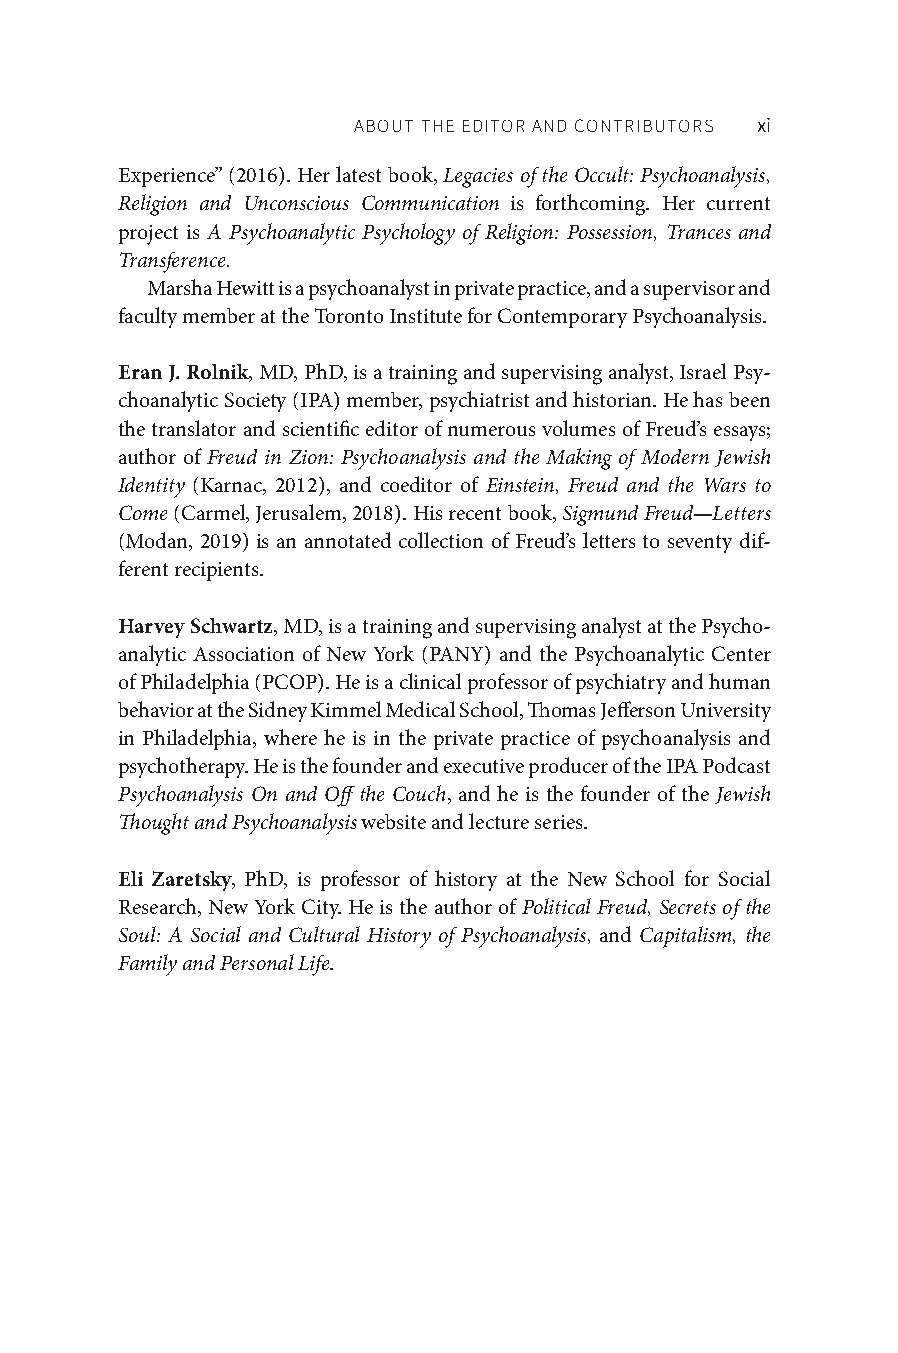
ABOUT THE EDITOR AND CONTRIBUTORS xi
 Experience” (2016). Her latest book, Legacies of the Occult: Psychoanalysis,
 Religion and Unconscious Communication is forthcoming. Her current
 project is A Psychoanalytic Psychology of Religion: Possession, Trances and
 Transference.
 Marsha Hewitt is a psychoanalyst in private practice, and a supervisor and
 faculty member at the Toronto Institute for Contemporary Psychoanalysis.
 Eran J. Rolnik, MD, PhD, is a training and supervising analyst, Israel Psy-
 choanalytic Society (IPA) member, psychiatrist and historian. He has been
 the translator and scientific editor of numerous volumes of Freud’s essays;
 author of Freud in Zion: Psychoanalysis and the Making of Modern Jewish
 Identity (Karnac, 2012), and coeditor of Einstein, Freud and the Wars to
 Come (Carmel, Jerusalem, 2018). His recent book, Sigmund Freud—Letters
 (Modan, 2019) is an annotated collection of Freud’s letters to seventy dif-
 ferent recipients.
 Harvey Schwartz, MD, is a training and supervising analyst at the Psycho-
 analytic Association of New York (PANY) and the Psychoanalytic Center
 of Philadelphia (PCOP). He is a clinical professor of psychiatry and human
 behavior at the Sidney Kimmel Medical School, Thomas Jefferson University
 in Philadelphia, where he is in the private practice of psychoanalysis and
 psychotherapy. He is the founder and executive producer of the IPA Podcast
 Psychoanalysis On and Off the Couch, and he is the founder of the Jewish
 Thought and Psychoanalysis website and lecture series.
 Eli Zaretsky, PhD, is professor of history at the New School for Social
 Research, New York City. He is the author of Political Freud, Secrets of the
 Soul: A Social and Cultural History of Psychoanalysis, and Capitalism, the
 Family and Personal Life.